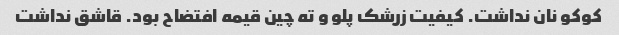
کوکو نان نداشت. کیفیت زرشک پلو و ته چین قیمه افتضاح بود. قاشق نداشت